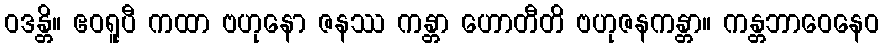
ဝဒန္တိ။ ဧဝရူပီ ကထာ ဗဟုနော ဇနဿ ကန္တာ ဟောတီတိ ဗဟုဇနကန္တာ။ ကန္တဘာဝေနေဝ